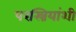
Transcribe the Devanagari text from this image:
परस्त्रियांशी